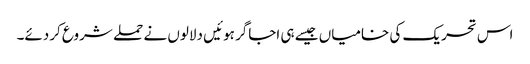
اس تحریک کی خامیاں جیسے ہی اجاگر ہوئیں دلالوں نے حملے شروع کردئے۔